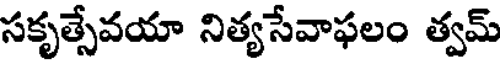
సకృత్సేవయా నిత్యసేవాఫలం త్వమ్